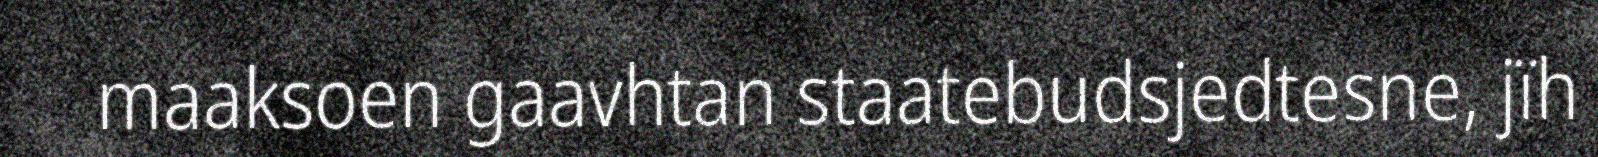
maaksoen gaavhtan staatebudsjedtesne, jïh